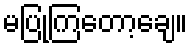
မပြုကြတော့ချေ။